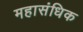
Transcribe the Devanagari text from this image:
महासंधिक